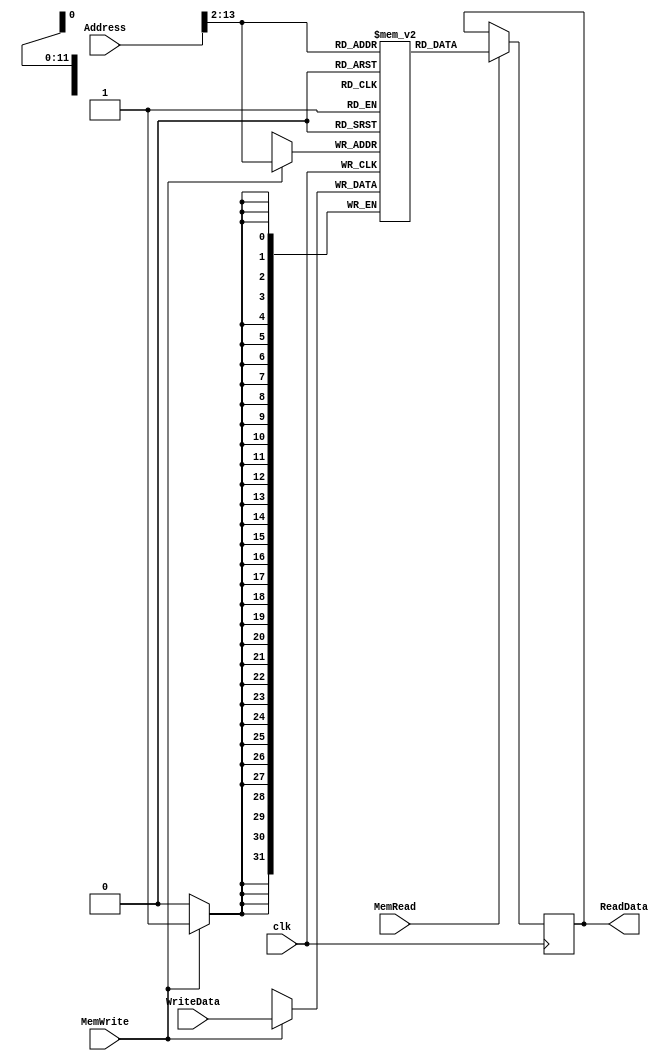
module DataMemory (

	input MemWrite,
	input MemRead,
	input [31:0] Address,
	input [31:0] WriteData,
	input clk,
	output reg [31:0] ReadData);


	//Memoria Total
	reg [31:0] Data[4095:0];
	
	always @(posedge clk) begin
		if (MemRead == 1) begin
			ReadData = Data[Address>>2];
			$display("\nCOMANDO - LW | Valor lido = %d \n", Data[Address>>2]);
			
		end
	end

	always @(negedge clk) begin
		if (MemWrite == 1) begin
			Data[Address>>2] <= WriteData;
			$display("\nCOMANDO - SW | Memoria Anterior [%d] = %d | Novo Valor= %d\n", Address>>2, Data[Address>>2], WriteData);
			
		end
	end


endmodule